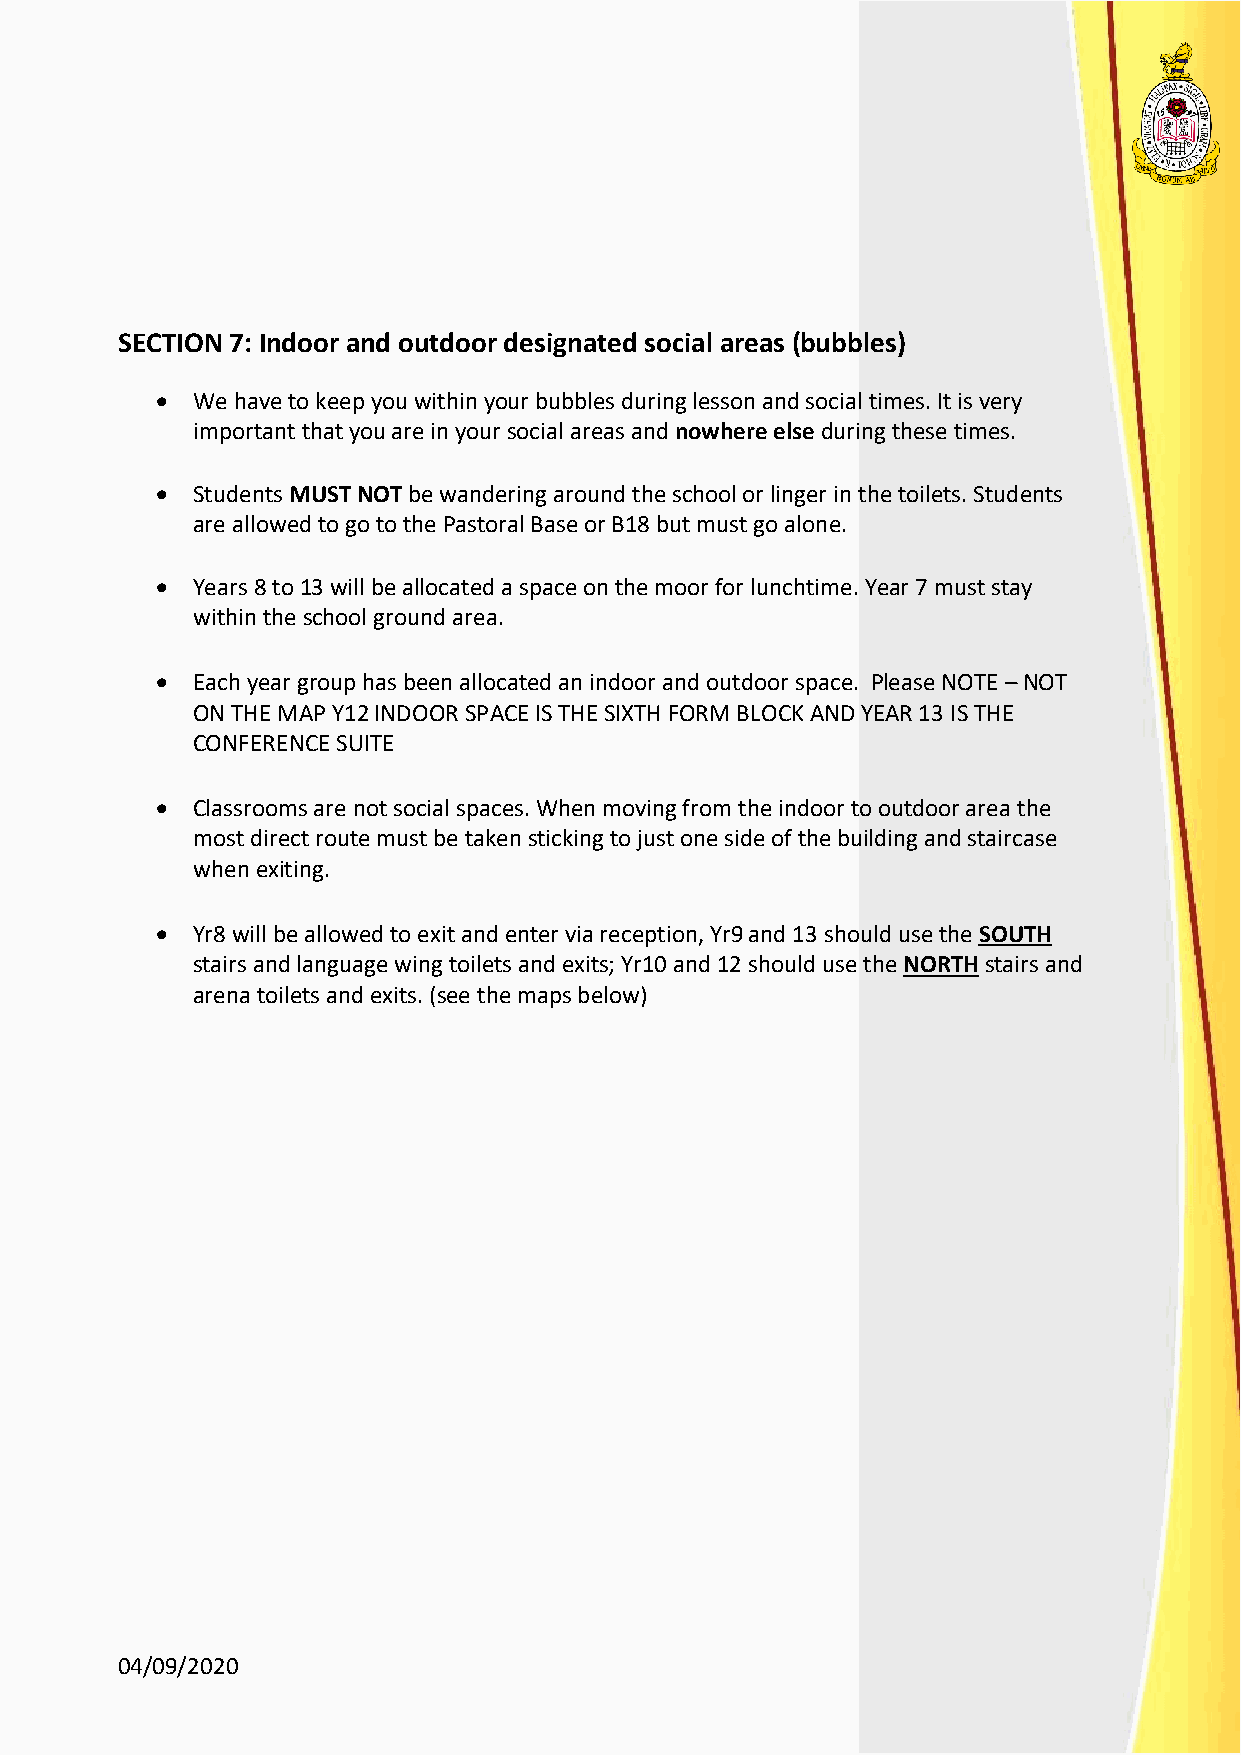
SECTION 7: Indoor and outdoor designated social areas (bubbles)
   We have to keep you within your bubbles during lesson and social times. It is very
 important that you are in your social areas and nowhere else during these times.
   Students MUST NOT be wandering around the school or linger in the toilets. Students
 are allowed to go to the Pastoral Base or B18 but must go alone.
   Years 8 to 13 will be allocated a space on the moor for lunchtime. Year 7 must stay
 within the school ground area.
   Each year group has been allocated an indoor and outdoor space. Please NOTE – NOT
 ON THE MAP Y12 INDOOR SPACE IS THE SIXTH FORM BLOCK AND YEAR 13 IS THE
 CONFERENCE SUITE
   Classrooms are not social spaces. When moving from the indoor to outdoor area the
 most direct route must be taken sticking to just one side of the building and staircase
 when exiting.
   Yr8 will be allowed to exit and enter via reception, Yr9 and 13 should use the SOUTH
 stairs and language wing toilets and exits; Yr10 and 12 should use the NORTH stairs and
 arena toilets and exits. (see the maps below)
 04/09/2020